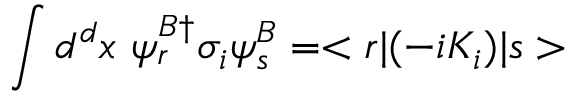
\int d ^ { d } x ~ \psi _ { r } ^ { B \dagger } \sigma _ { i } \psi _ { s } ^ { B } = < r | ( - i K _ { i } ) | s >